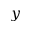
y